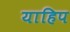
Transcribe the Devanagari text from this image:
याहिप